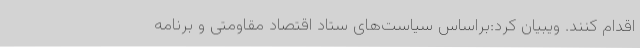
اقدام کنند. ویبیان کرد:براساس سیاست‌های ستاد اقتصاد مقاومتی و برنامه